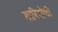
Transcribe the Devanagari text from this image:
मारिगोची